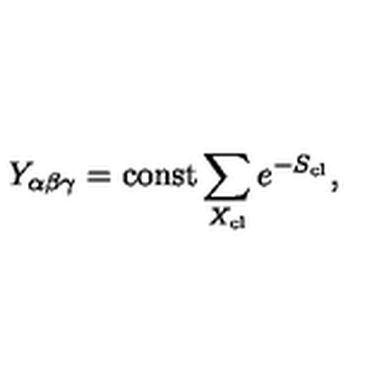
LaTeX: Y _ { \alpha \beta \gamma } = \mathrm { c o n s t } \sum _ { X _ { \mathrm { c l } } } e ^ { - S _ { \mathrm { c l } } } ,